Indian journal of veterinary science and animal husbandry - Volume 7,
Year: 1937
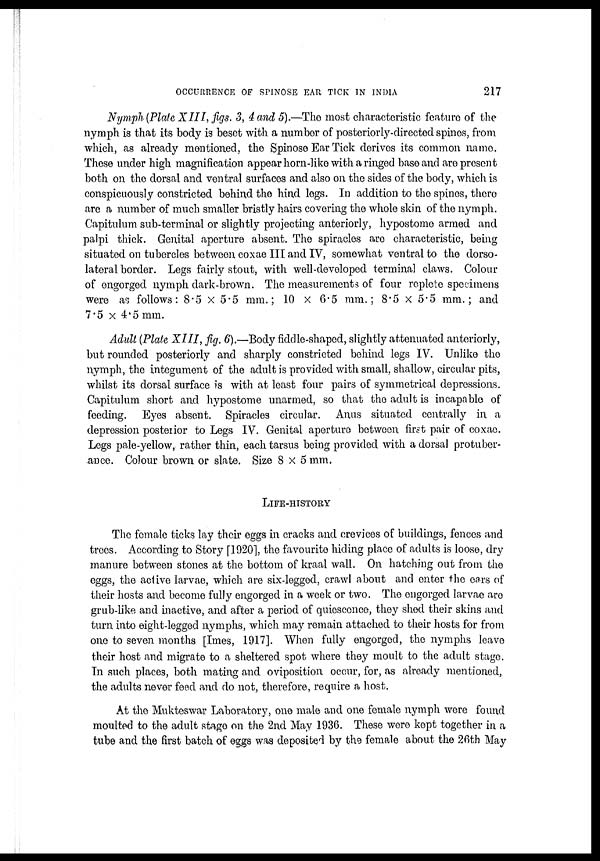
OCCURRENCE OF SPINOSE EAR TICK IN INDIA
217
Nymph (Plate XIII, figs. 3, 4 and 5).—The most characteristic feature of the
nymph is that its body is beset with a number of posteriorly-directed spines, from
which, as already mentioned, the Spinose Ear Tick derives its common name.
These under high magnification appear horn-like with a ringed base and are present
both on the dorsal and ventral surfaces and also on the sides of the body, which is
conspicuously constricted behind the hind legs. In addition to the spines, there
are a number of much smaller bristly hairs covering the whole skin of the nymph.
Capitulum sub-terminal or slightly projecting anteriorly, hypostome armed and
palpi thick. Genital aperture absent. The spiracles are characteristic, being
situated on tubercles between coxae III and IV, somewhat ventral to the dorso-
lateral border. Legs fairly stout, with well-developed terminal claws. Colour
of engorged nymph dark-brown. The measurements of four replete specimens
were as follows: 8.5 × 5.5 mm. ; 10 × 6.5 mm. ; 8.5 × 5.5 mm. ; and
7.5 × 4.5 mm.
Adult (Plate XIII, fig. 6).—Body fiddle-shaped, slightly attenuated anteriorly,
but rounded posteriorly and sharply constricted behind legs IV. Unlike the
nymph, the integument of the adult is provided with small, shallow, circular pits,
whilst its dorsal surface is with at least four pairs of symmetrical depressions.
Capitulum short and. hypostome unarmed, so that the adult is incapable of
feeding. Eyes absent. Spiracles circular. Anus situated centrally in a
depression posterior to Legs IV. Genital aperture between first pair of coxae.
Legs pale-yellow, rather thin, each tarsus being provided with a dorsal protuber-
ance. Colour brown or slate. Size 8 × 5 mm.
LIFE-HISTORY
The female ticks lay their eggs in cracks and crevices of buildings, fences and
trees. According to Story [1920], the favourite hiding place of adults is loose, dry
manure between stones at the bottom of kraal wall. On hatching out from the
eggs, the active larvae, which are six-legged, crawl about and enter the ears of
their hosts and become fully engorged in a week or two. The engorged larvae are
grub-like and inactive, and after a period of quiescence, they shed their skins and
turn into eight-legged nymphs, which may remain attached to their hosts for from
one to seven months [Imes, 1917]. When fully engorged, the nymphs leave
their host and migrate to a sheltered spot where they moult to the adult stage.
In such places, both mating and oviposition occur, for, as already mentioned,
the adults never feed and do not, therefore, require a host.
At the Mukteswar Laboratory, one male and one female nymph were found
moulted to the adult stage on the 2nd May 1936. These were kept together in a
tube and the first batch of eggs was deposited by the female about the 26th May